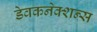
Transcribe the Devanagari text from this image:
डेवकनेक्शन्स